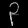
Digit: ၃